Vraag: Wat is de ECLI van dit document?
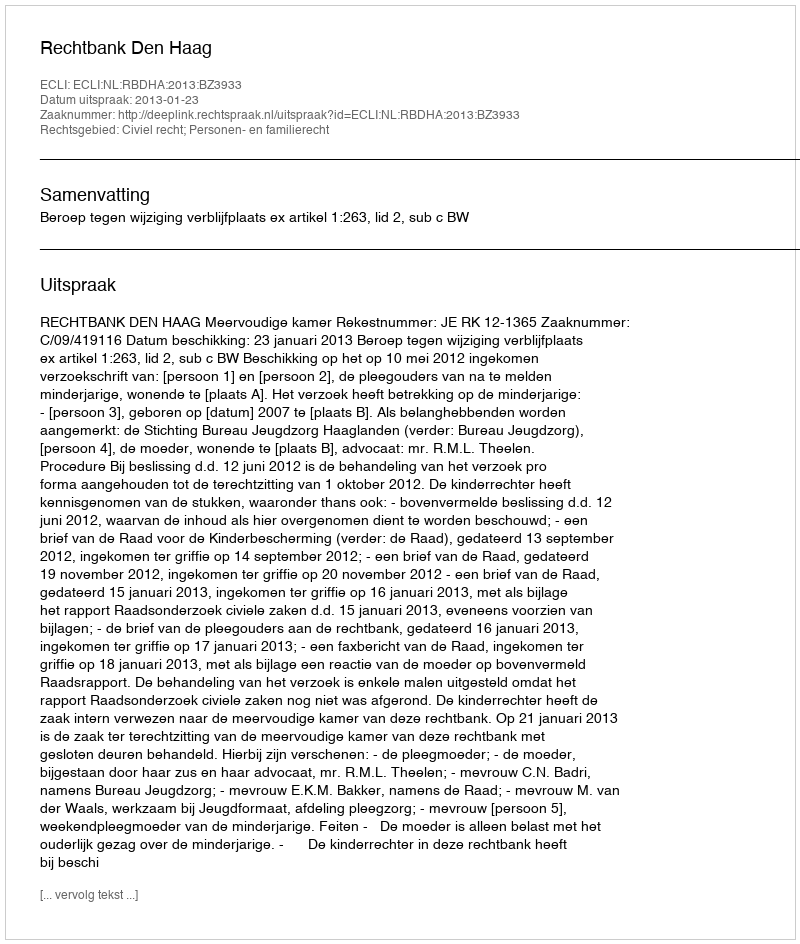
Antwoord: ECLI:NL:RBDHA:2013:BZ3933